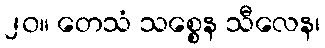
၂၀။ တေသံ သစ္စေန သီလေန၊